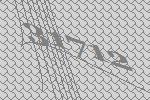
31712